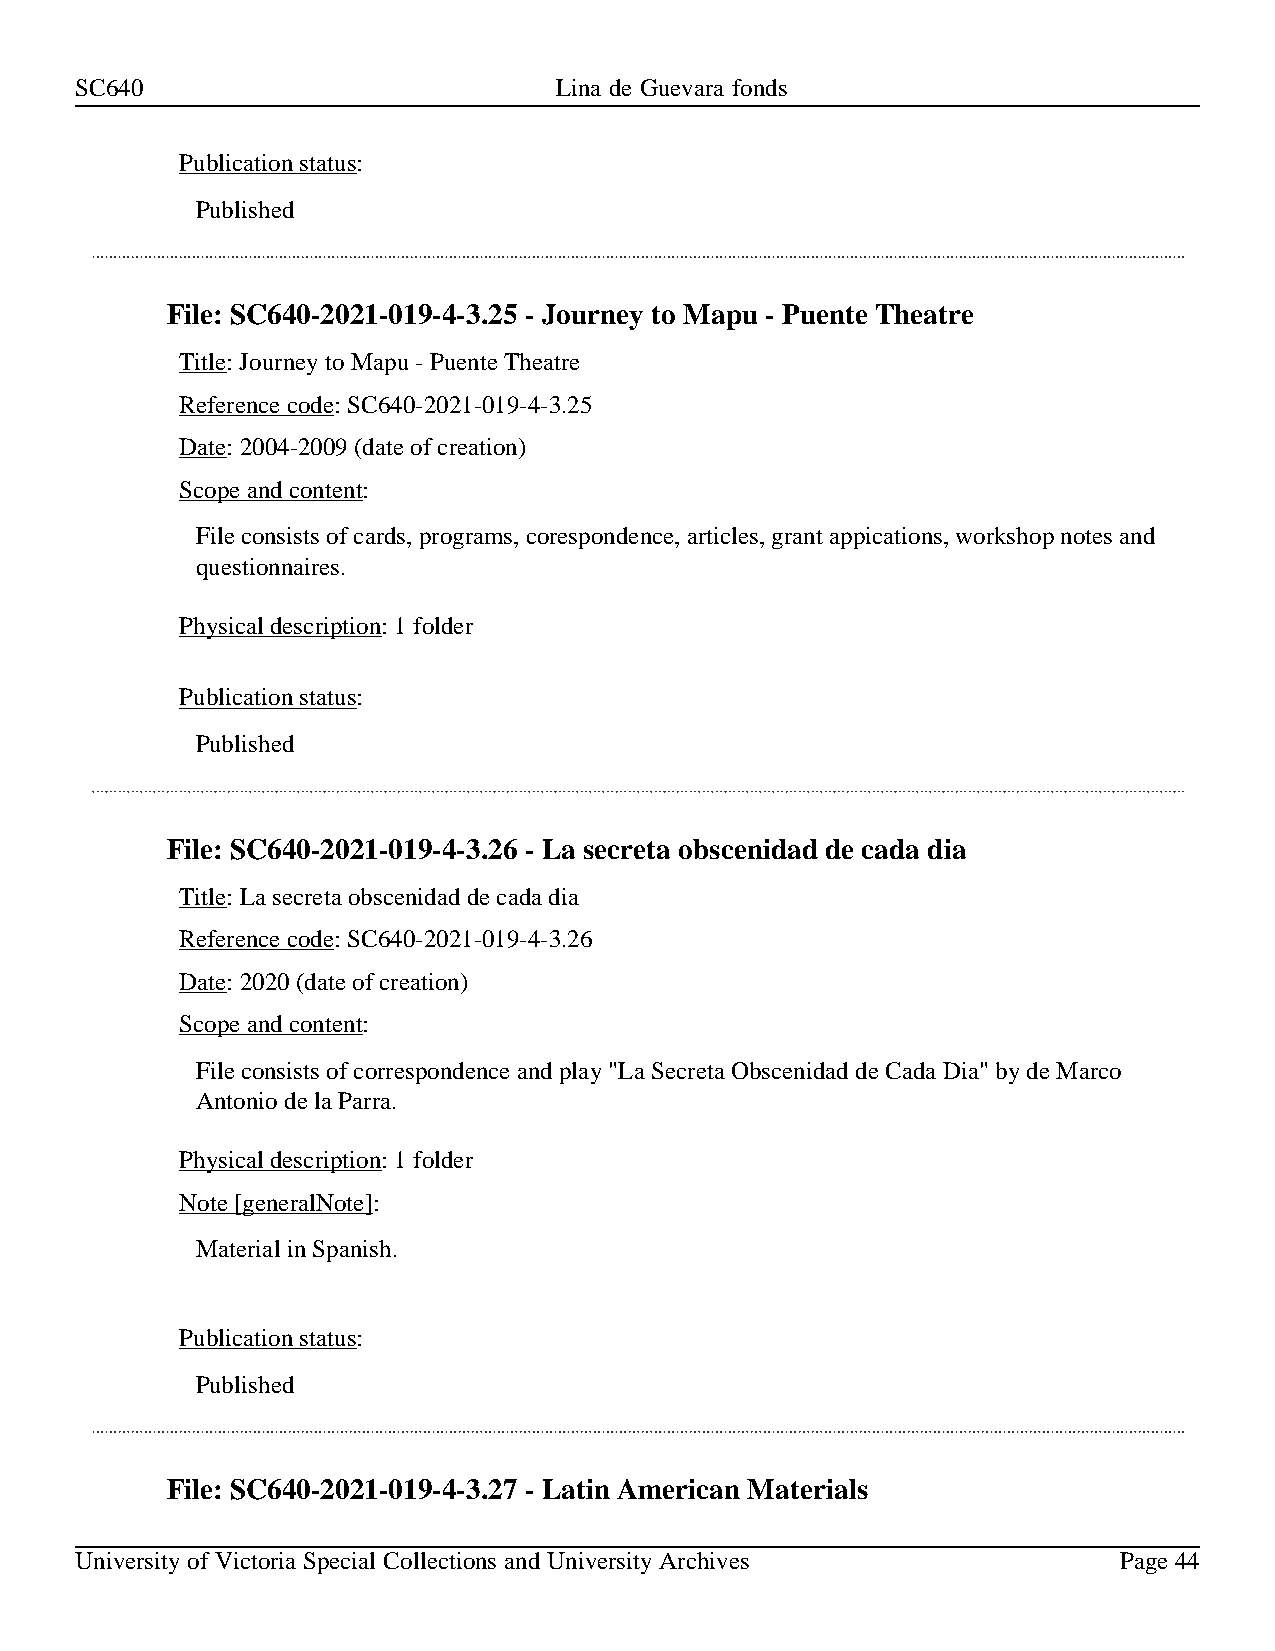
SC640                           Lina de Guevara fonds
 Publication status:
 Published
 File: SC640-2021-019-4-3.25 - Journey to Mapu - Puente Theatre
 Title: Journey to Mapu - Puente Theatre
 Reference code: SC640-2021-019-4-3.25
 Date: 2004-2009 (date of creation)
 Scope and content:
 File consists of cards, programs, corespondence, articles, grant appications, workshop notes and
 questionnaires.
 Physical description: 1 folder
 Publication status:
 Published
 File: SC640-2021-019-4-3.26 - La secreta obscenidad de cada dia
 Title: La secreta obscenidad de cada dia
 Reference code: SC640-2021-019-4-3.26
 Date: 2020 (date of creation)
 Scope and content:
 File consists of correspondence and play "La Secreta Obscenidad de Cada Dia" by de Marco
 Antonio de la Parra.
 Physical description: 1 folder
 Note [generalNote]:
 Material in Spanish.
 Publication status:
 Published
 File: SC640-2021-019-4-3.27 - Latin American Materials
 University of Victoria Special Collections and University Archives   Page 44